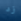
زد